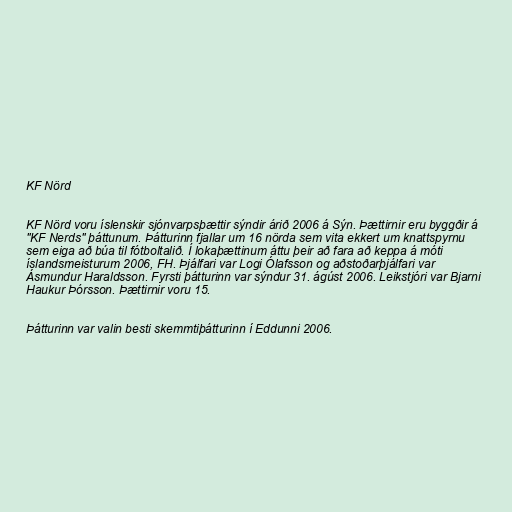
KF Nörd

KF Nörd voru íslenskir sjónvarpsþættir sýndir árið 2006 á Sýn. Þættirnir eru byggðir á
"KF Nerds" þáttunum. Þátturinn fjallar um 16 nörda sem vita ekkert um knattspyrnu
sem eiga að búa til fótboltalið. Í lokaþættinum áttu þeir að fara að keppa á móti
íslandsmeisturum 2006, FH. Þjálfari var Logi Ólafsson og aðstoðarþjálfari var
Ásmundur Haraldsson. Fyrsti þátturinn var sýndur 31. ágúst 2006. Leikstjóri var Bjarni
Haukur Þórsson. Þættirnir voru 15.

Þátturinn var valin besti skemmtiþátturinn í Eddunni 2006.